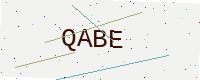
Text: QABE